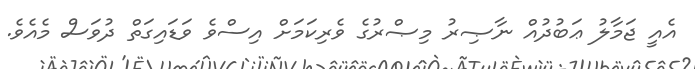
އެއީ ޖަމާލު ޢަބުދުއް ނާޞިރު މިޞްރުގެ ވެރިކަމަށް އިސްވެ ވަޑައިގަތް ދުވަސް މެއެވެ.